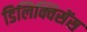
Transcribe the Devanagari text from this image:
डिलिक्विसेंस